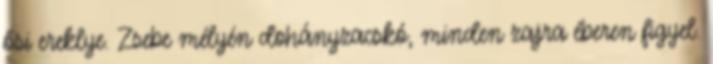
ősi ereklye. Zsebe mélyén dohányzacskó, minden zajra éberen figyel.